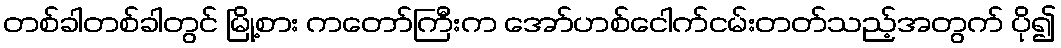
တစ်ခါတစ်ခါတွင် မြို့စား ကတော်ကြီးက အော်ဟစ်ငေါက်ငမ်းတတ်သည့်အတွက် ပို၍